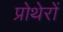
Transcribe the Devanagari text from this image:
प्रोथेरों